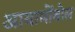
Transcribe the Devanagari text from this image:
आयामोंवोल